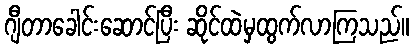
ဂျီတာခေါင်းဆောင်ပြီး ဆိုင်ထဲမှထွက်လာကြသည်။